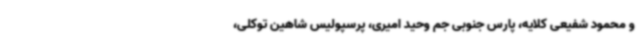
و محمود شفیعی کلایه، پارس جنوبی جم وحید امیری، پرسپولیس شاهین توکلی،